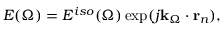
E ( \Omega ) = E ^ { i s o } ( \Omega ) \exp ( j \mathbf { k } _ { \Omega } \cdot \mathbf { r } _ { n } ) ,